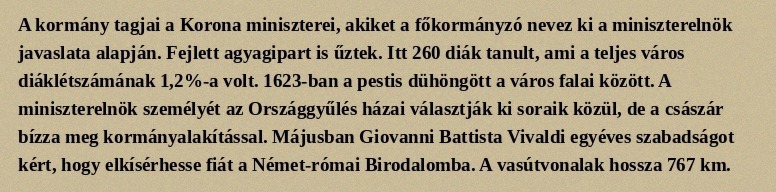
A kormány tagjai a Korona miniszterei, akiket a főkormányzó nevez ki a miniszterelnök javaslata alapján. Fejlett agyagipart is űztek. Itt 260 diák tanult, ami a teljes város diáklétszámának 1,2%-a volt. 1623-ban a pestis dühöngött a város falai között. A miniszterelnök személyét az Országgyűlés házai választják ki soraik közül, de a császár bízza meg kormányalakítással. Májusban Giovanni Battista Vivaldi egyéves szabadságot kért, hogy elkísérhesse fiát a Német-római Birodalomba. A vasútvonalak hossza 767 km.